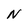
Character: N